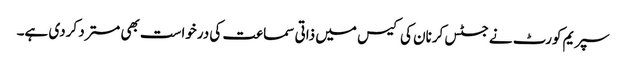
سپریم کورٹ نے جسٹس کرنان کی کیس میں ذاتی سماعت کی درخواست بھی مسترد کردی ہے۔